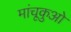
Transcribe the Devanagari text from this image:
मांचूकुओ